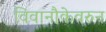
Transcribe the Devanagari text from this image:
विवानौकेवरुन